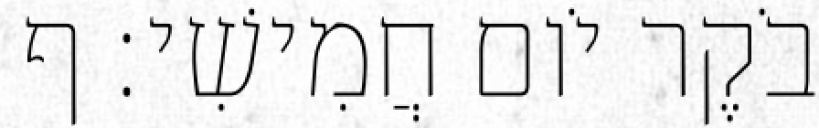
בֹקֶר יֹום חֲמִישִׁי׃ ף